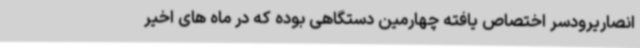
انصاریرودسر اختصاص یافته چهارمین دستگاهی بوده که در ماه های اخیر